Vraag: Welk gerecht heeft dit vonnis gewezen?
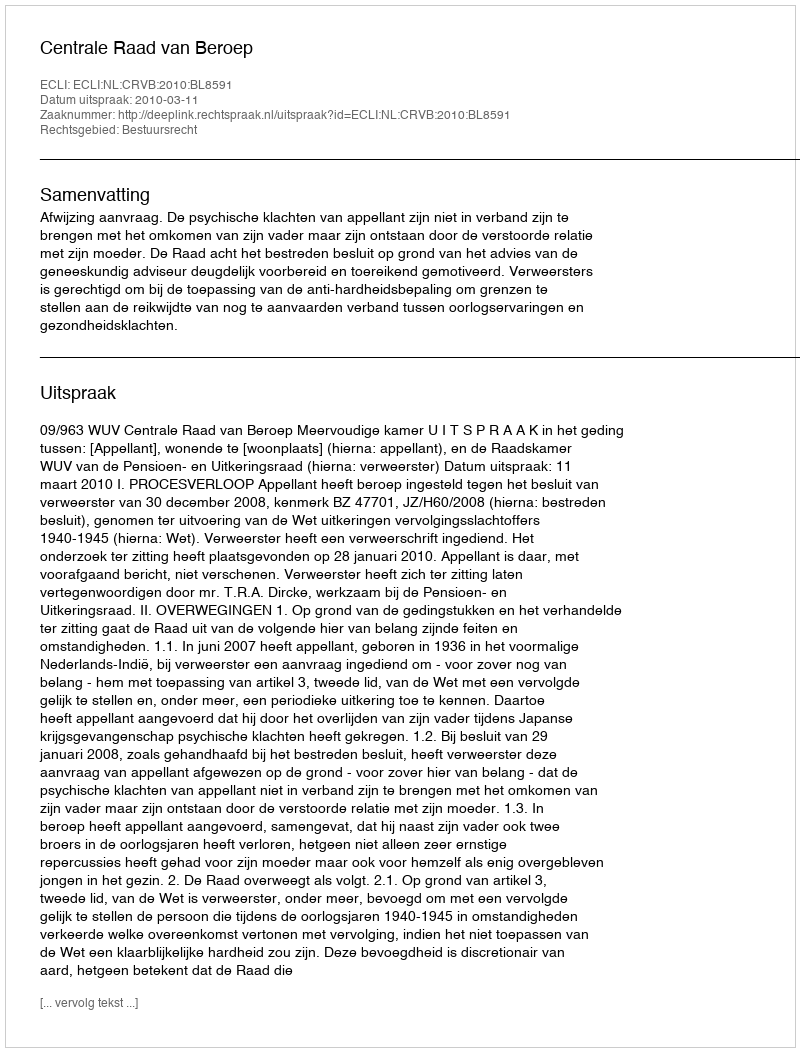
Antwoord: Centrale Raad van Beroep